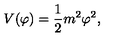
V ( \varphi ) = { \frac { 1 } { 2 } } m ^ { 2 } \varphi ^ { 2 } ,